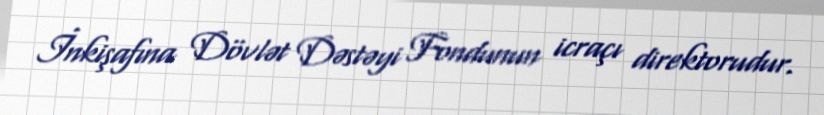
İnkişafına Dövlət Dəstəyi Fondunun icraçı direktorudur.